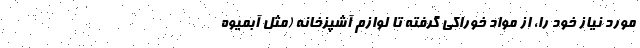
مورد نیاز خود را، از مواد خوراکی گرفته تا لوازم آشپزخانه (مثل آبمیوه